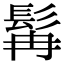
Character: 髯